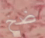
ضخ